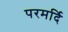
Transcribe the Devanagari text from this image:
परमर्दि